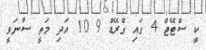
ކީ ސްޓޭޖް 4 ގައި ގްރޭޑް 9 10 އަދި މަތީ ސާނަވީ